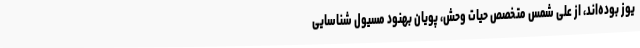
یوز بوده‌اند، از علی شمس متخصص حیات وحش، پویان بهنود مسیول شناسایی